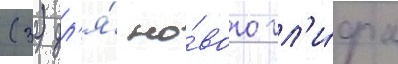
(32) дл'я́ но́вого гл'и́фа